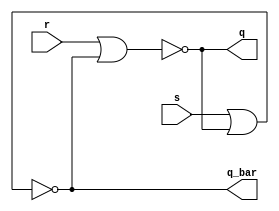
module SR_LATCH(q,q_bar,s,r);
   input s,r;
   output q,q_bar;
   nor(q,r,q_bar);
   nor(q_bar,s,q);
endmodule // SR_LATCH